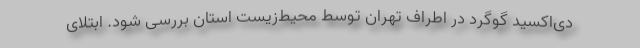
دی‌اکسید گوگرد در اطراف تهران توسط محیط‌زیست استان بررسی شود. ابتلای